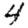
Digit: 4